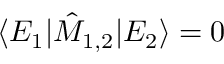
\langle E _ { 1 } | \hat { M } _ { 1 , 2 } | E _ { 2 } \rangle = 0